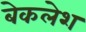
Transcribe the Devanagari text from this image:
बेकलेश